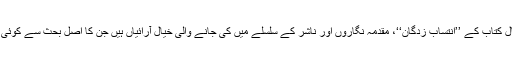
اس کی مثال کتاب کے ’’انتساب زدگان‘‘، مقدمہ نگاروں اور ناشر کے سلسلے میں کی جانے والی خیال آرائیاں ہیں جن کا اصل بحث سے کوئی تعلق نہیں۔